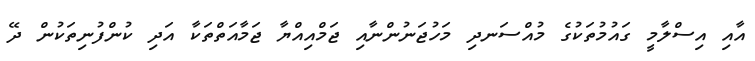
އާއި އިސްލާމީ ގައުމުތަކުގެ މުއްސަނދި މަހުޖަނުންނާއި ޖަމްއިއްޔާ ޖަމާއަތްތަކާ އަދި ކުންފުނިތަކުން ދޭ